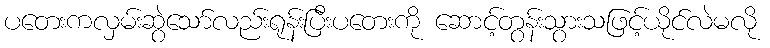
ပတေးကလှမ်းဆွဲသော်လည်းရုန်းပြီးပတေးကို ဆောင့်တွန်းသွားသဖြင့်ယိုင်လဲမလို